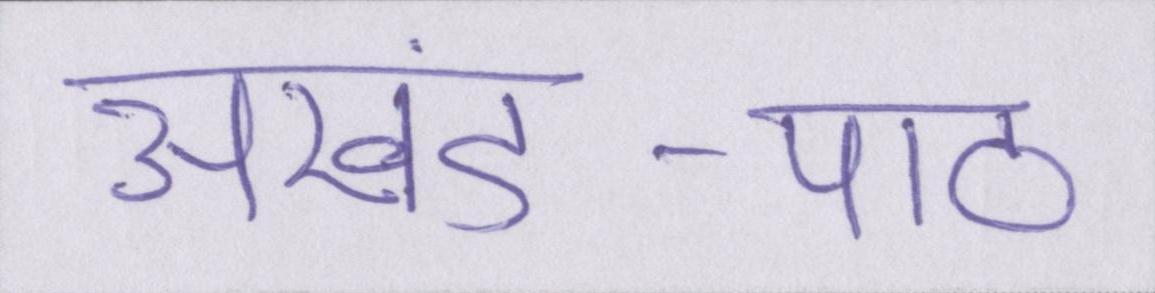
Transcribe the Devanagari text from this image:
अखंड-पाठ